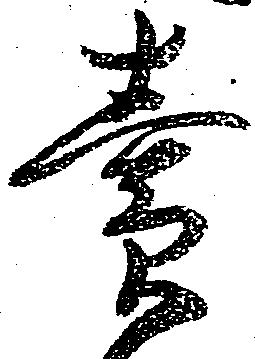
売